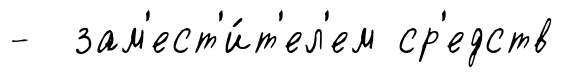
- зам'ест'и́т'ел'ем ср'едств